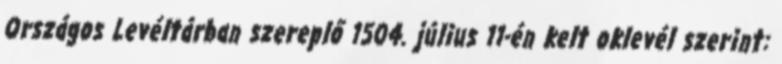
Országos Levéltárban szereplő 1504. július 11-én kelt oklevél szerint: